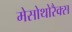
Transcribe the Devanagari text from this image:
मेसोथोरैक्स